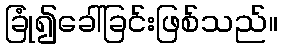
ခြုံ၍ခေါ်ခြင်းဖြစ်သည်။